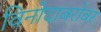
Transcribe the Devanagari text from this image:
विनोदाबरोबर